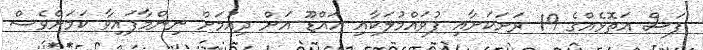
ފަސް އަތޮޅެއްގެ 19 ރަށަކަށާއި ފުވައްމުލަކާއި އައްޑޫ އަށް ދިއުމަށް ނިންމާފައިވާ ކަމަށްވެސް